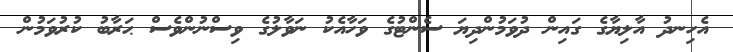
އެހިނދު އާލިޔާގެ ގައިން ދުވަމުންދިޔަ ސެންޓުގެ ވަހާއެކު ނަވާލުގެ ވިސްނުންވެސް ޙަރާބު ކުރުވަމުން